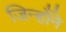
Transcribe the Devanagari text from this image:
जिन्होँने